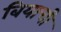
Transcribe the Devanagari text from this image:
बियाची